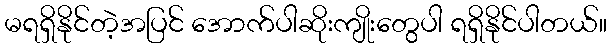
မရရှိနိုင်တဲ့အပြင် အောက်ပါဆိုးကျိုးတွေပါ ရရှိနိုင်ပါတယ်။